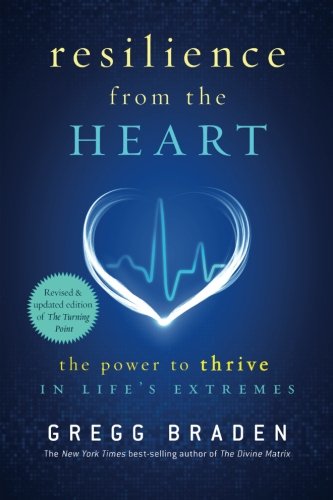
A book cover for Resilience from the Heart: The Power to Thrive in Life's Extremes; Gregg Braden; Health, Fitness & Dieting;